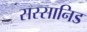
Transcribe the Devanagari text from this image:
सस्सानिड